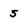
Character: 5